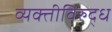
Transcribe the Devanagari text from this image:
व्यक्तीविरुद्ध